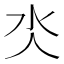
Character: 氼